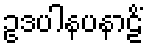
ဥဒပါနပနာဠိံ